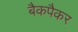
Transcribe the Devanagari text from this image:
बैकपैकर